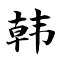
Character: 韩